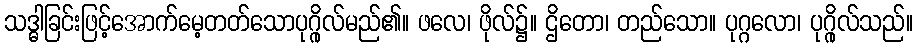
သဒ္ဓါခြင်းဖြင့်အောက်မေ့တတ်သောပုဂ္ဂိုလ်မည်၏။ ဖလေ၊ ဖိုလ်၌။ ဌိတော၊ တည်သော။ ပုဂ္ဂလော၊ ပုဂ္ဂိုလ်သည်။